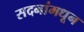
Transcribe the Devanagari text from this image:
सदनांमधून